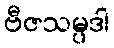
ဗီဇသမ္ပဒါ